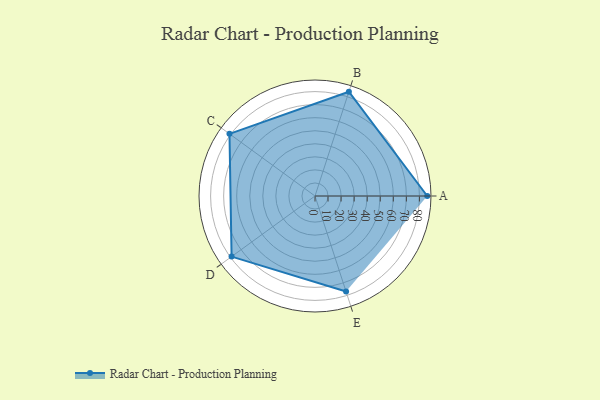
{"axis": {"x": "Skill", "y": "Score"}, "legend": ["Profile"], "data": [{"x": "A", "y": 86.0, "type": "Profile"}, {"x": "B", "y": 84.0, "type": "Profile"}, {"x": "C", "y": 81.0, "type": "Profile"}, {"x": "D", "y": 79.0, "type": "Profile"}, {"x": "E", "y": 77.0, "type": "Profile"}]}